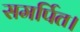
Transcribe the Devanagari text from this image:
समर्पित।